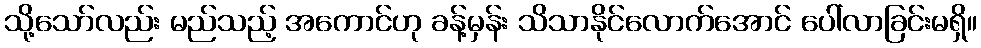
သို့သော်လည်း မည်သည့် အကောင်ဟု ခန့်မှန်း သိသာနိုင်လောက်အောင် ပေါ်လာခြင်းမရှိ။